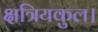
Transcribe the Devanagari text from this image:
क्षत्रियकुल।